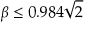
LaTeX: \beta \leq 0 . 9 8 4 { \sqrt { 2 } }